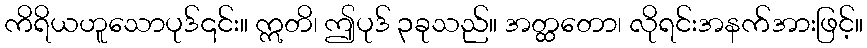
ကိရိယဟူသောပုဒ်၎င်း။ ဣတိ၊ ဤပုဒ် ၃ခုသည်။ အတ္ထတော၊ လိုရင်းအနက်အားဖြင့်။